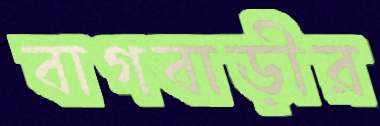
বাগবাড়ীর